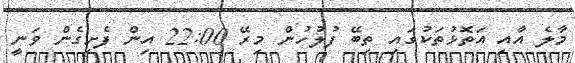
މާލެ އާއި އަތޮޅުތަކުގައި ތިބޭ ފުލުހުން މިރޭ 22:00 އިން ފެށިގެން ވަނީ